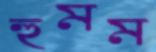
হুমম